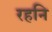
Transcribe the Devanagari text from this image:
रहनि